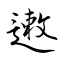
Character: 遫